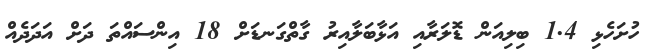
ހުށަހެޅި 1.4 ބިލިއަން ޑޮލަރާއި އަޅާބަލާއިރު ގާތްގަނޑަށް 18 އިންސައްތަ ދަށް އަދަދެއް